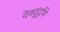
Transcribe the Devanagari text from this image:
देवदुंदुभि